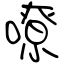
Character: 嘹